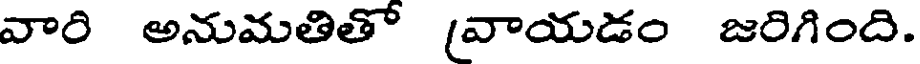
వారి అనుమతితో (వాయడం జరిగింది.